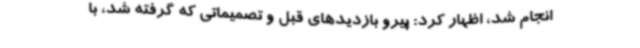
انجام شد، اظهار کرد: پیرو بازدیدهای قبل و تصمیماتی که گرفته شد، با